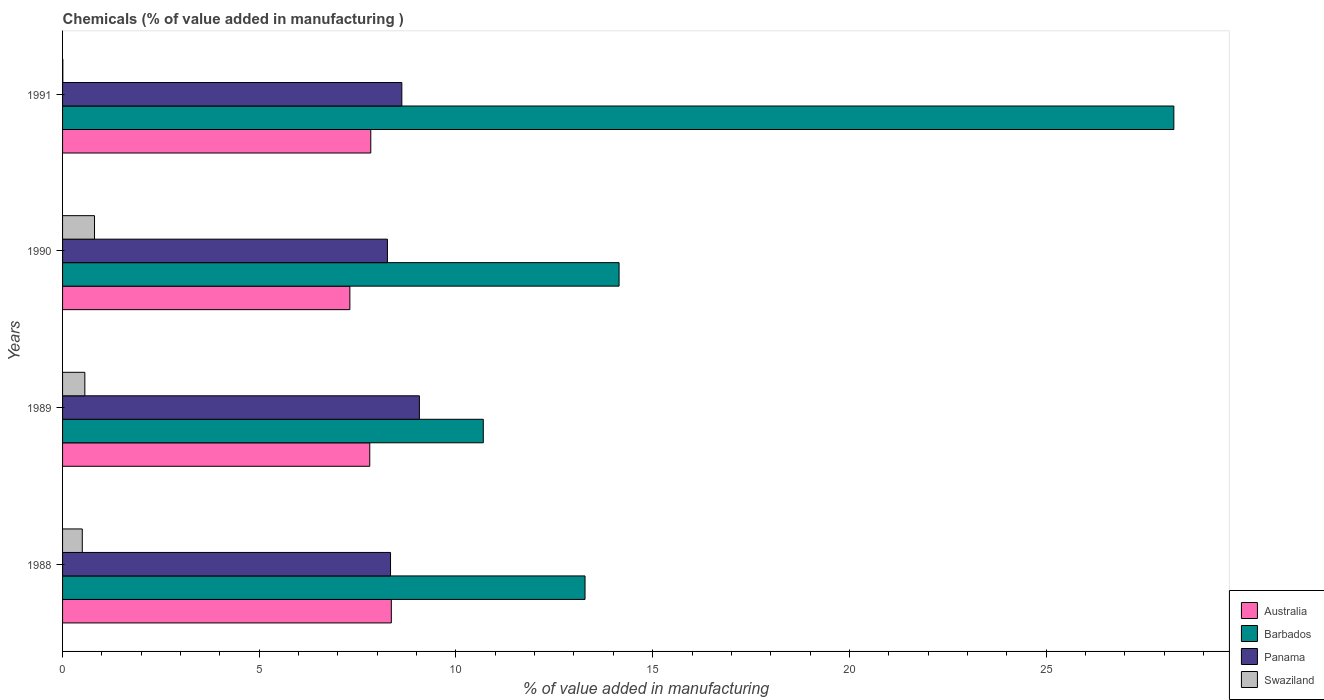
| Years | Australia | Barbados | Panama | Swaziland |
 | --- | --- | --- | --- | --- |
 | 1988 | 8.36 | 13.3 | 8.34 | 0.501 |
 | 1989 | 7.81 | 10.7 | 9.07 | 0.566 |
 | 1990 | 7.3 | 14.1 | 8.26 | 0.812 |
 | 1991 | 7.83 | 28.2 | 8.62 | 0.00651 |